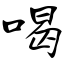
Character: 喝